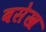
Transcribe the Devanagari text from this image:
बसेख